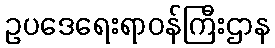
ဥပဒေရေးရာဝန်ကြီးဌာန